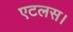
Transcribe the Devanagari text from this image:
एटलस।